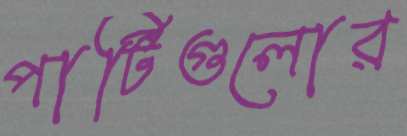
পার্টিগুলোর